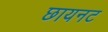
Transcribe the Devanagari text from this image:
छायनट